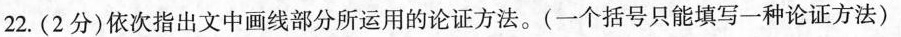
22.（2分）依次指出文中画线部分所运用的论证方法。（一个括号只能填写一种论证方法）